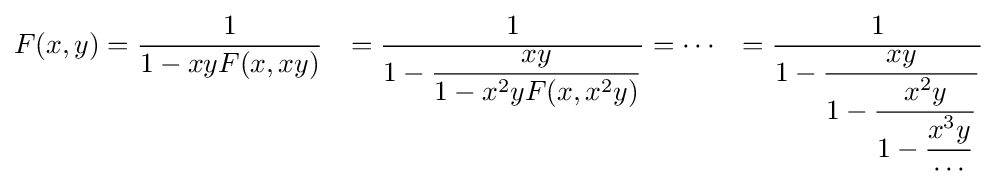
{\begin{aligned}F(x,y)&={\dfrac {1}{1-xyF(x,xy)}}&={\dfrac {1}{1-{\dfrac {xy}{1-x^{2}yF(x,x^{2}y)}}}}&=\cdots &={\dfrac {1}{1-{\dfrac {xy}{1-{\dfrac {x^{2}y}{1-{\dfrac {x^{3}y}{\cdots }}}}}}}}\end{aligned}}